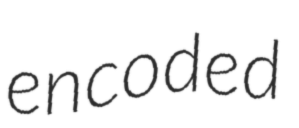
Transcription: encoded